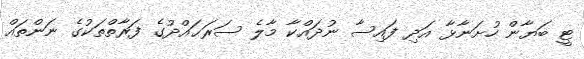
ޓީ ބަޔާން ހުށަނާޅާ އަދި ފައިސާ ނުދައްކާ މާލެ ސަރަޙައްދުގެ ފަރާތްތަކުގެ ނަންތައް